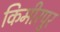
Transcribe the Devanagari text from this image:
किमीरपुर